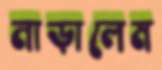
নাড়ালেম